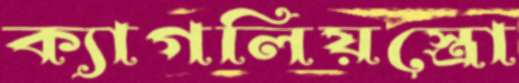
ক্যাগলিয়স্ত্রো